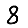
Digit: 8